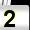
Digit: 2